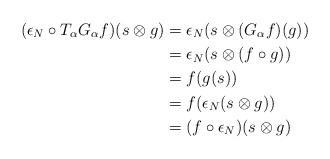
LaTeX: \begin{align*}(\epsilon_N \circ T_\alpha G_\alpha f)(s \otimes g) &= \epsilon_N(s \otimes (G_\alpha f)(g)) \\&= \epsilon_N(s \otimes (f \circ g)) \\&= f(g(s)) \\&= f(\epsilon_N(s \otimes g)) \\&= (f \circ \epsilon_N)(s \otimes g)\end{align*}